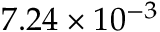
7 . 2 4 \times 1 0 ^ { - 3 }